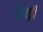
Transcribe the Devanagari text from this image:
जेवड़ी